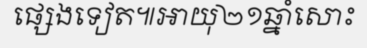
ផ្សេងទៀត៕អាយុ២១ឆ្នាំសោះ